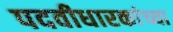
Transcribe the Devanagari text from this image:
पदवीधारकांच्या